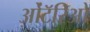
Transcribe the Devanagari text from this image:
ओंटॅरिओ